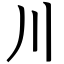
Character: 川